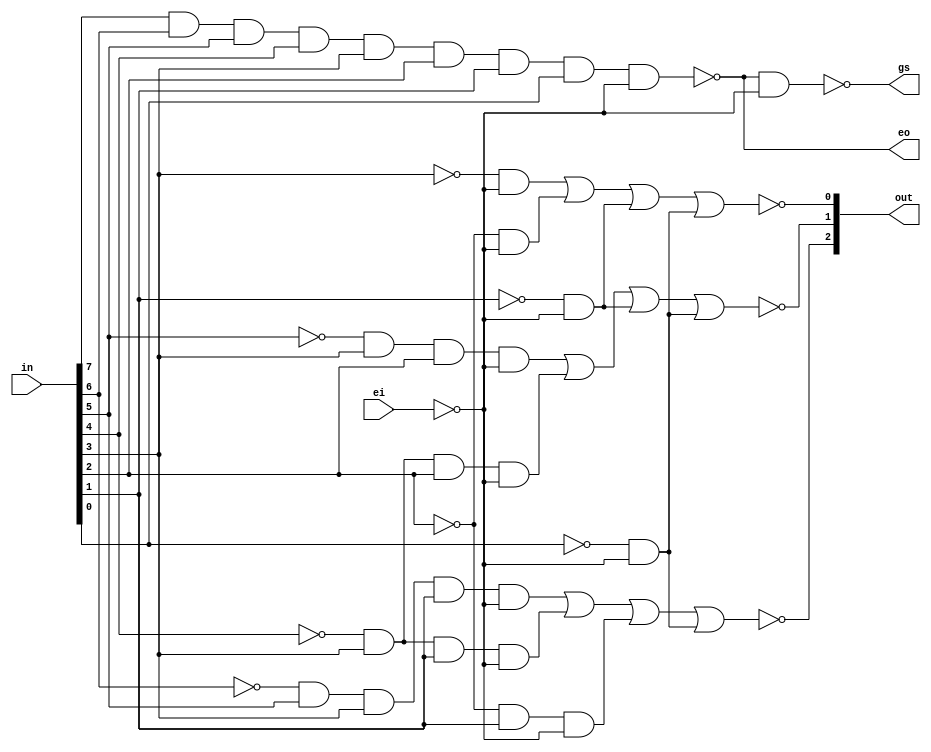
// ************************Declaration*************************************** //
//                                                                            //
// Abstract:                                                                  //
// 8 LINE TO 3 LINE PRIORITY ENCODERS for verilog.                            //
// [0:7]in:  7-port select input.                                             //
// ei: enable port.                                                           //
// [0:2]out: 3-port select output.                                            //
// gs: output port, check work state.                                         //
// eo: output port, check work state.                                         //
//                                                                            //
// Reference:                                                                 //
// http://www.ti.com/lit/ds/symlink/sn74148.pdf                               //
//                                                                            //
// Modification history:(including time, version, author and abstract)        //
// 2016-08-31 10:55  version 0.1                                              //
// 2016-08-31 21:50  version 0.2 dev.board has broken, not unit test.         //
// 2016-09-01 20:07  version 0.3 modified code line26, 15. 3->2 RTL and       //
//                   functional simulation pass, timing simulation failed.    //
// 2016-09-02 16:14  version 0.4 add wire.                                    //
// ************************Declaration*************************************** // 
module priorityEncoders83(in, ei, out, gs, eo);
	input [0:7]in;
	input ei;
	output [0:2]out;
	output gs;
	output eo;
	wire and0out, and1out, and2out, and3out, and4out, and5out, and6out, and7out, and8out, and9out, and10out, and11out;

	nand
	nandGate0(eo, in[0], in[1], in[2], in[3], in[4], in[5], in[6], in[7], ~ei), // do not use ;
    nandGate1(gs, eo, ~ei);	
	
	and
	andGate0(and0out, ~in[1], in[2], in[4], in[6], ~ei),
	andGate1(and1out, ~in[3], in[4], in[6], ~ei),
	andGate2(and2out, ~in[5], in[6], ~ei),
	andGate3(and3out, ~in[7], ~ei),
	andGate4(and4out, ~in[2], in[4], in[5], ~ei),
	andGate5(and5out, ~in[3], in[4], in[5], ~ei),
	andGate6(and6out, ~in[6], ~ei),
	andGate7(and7out, ~in[7], ~ei),
	andGate8(and8out, ~in[4], ~ei),
	andGate9(and9out, ~in[5], ~ei),
	andGate10(and10out, ~in[6], ~ei),
	andGate11(and11out, ~in[7], ~ei);
	
	nor
	norGate0(out[0], and0out, and1out, and2out, and3out),
	norGate1(out[1], and4out, and5out, and6out, and7out),
	norGate2(out[2], and8out, and9out, and10out, and11out);
	endmodule